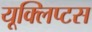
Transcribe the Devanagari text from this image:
यूक्लिप्टस